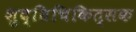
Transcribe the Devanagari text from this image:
शुद्धिचिकित्सक